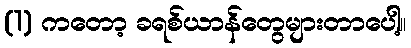
(1) ကတော့ ခရစ်ယာန်တွေများတာပေါ့။